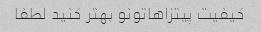
کیفیت پیتزاهاتونو بهتر کنید لطفا